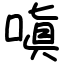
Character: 嗔